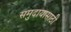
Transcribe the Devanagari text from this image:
समुदायासाठी